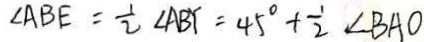
\angle A B E = \frac { 1 } { 2 } \angle A B Y = 4 5 ^ { \circ } + \frac { 1 } { 2 } \angle B A O